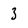
Character: 3